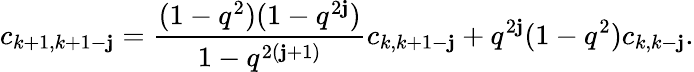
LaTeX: c_{k+1,k+1-\mathbf{j}}=\frac{{(1-q^{2})(1-q^{2\mathbf{j}})}}{{1-q^{2(\mathbf{j}+1)}}}c_{k,k+1-\mathbf{j}}+q^{2\mathbf{j}}(1-q^{2})c_{k,k-\mathbf{j}}.